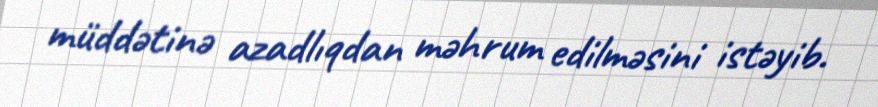
müddətinə azadlıqdan məhrum edilməsini istəyib.